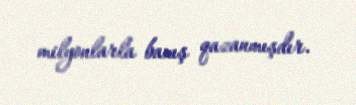
milyonlarla baxış qazanmışdır.